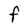
Character: F